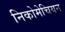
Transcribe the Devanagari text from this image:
निकोमेचियन